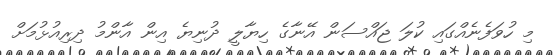
މި ހުވަފެނެއްގައި ކުލަ ޖައްސަން އޭނާގެ ހިޔާލީ ދުނިޔެ އިން އާންމު ދިރިއުޅުމަށް